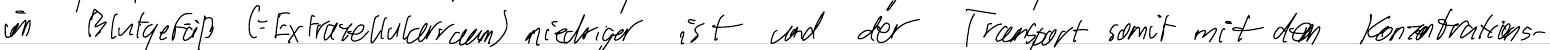
im Blutgefäß (= Extrazellularraum) niedriger ist und der Transport somit mit dem Konzentrations-